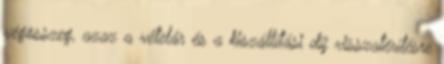
végösszeg, azaz a vételár és a kiszállítási díj visszatérítésre